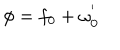
LaTeX: \phi = f _ { 0 } + \omega _ { 0 } ^ { ' }